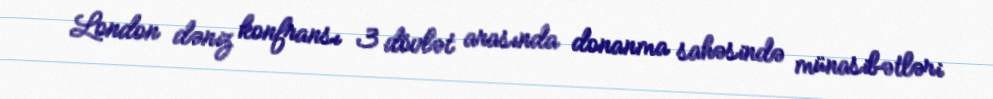
London dəniz konfransı 3 dövlət arasında donanma sahəsində münasibətləri